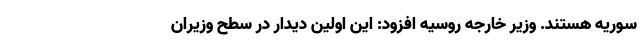
سوریه هستند. وزیر خارجه روسیه افزود: این اولین دیدار در سطح وزیران